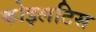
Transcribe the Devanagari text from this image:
कोइलटिस